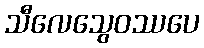
သီလေသွေဝဿပေ